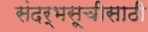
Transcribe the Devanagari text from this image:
संदर्भसूचीसाठी